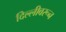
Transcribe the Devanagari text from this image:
दिल्लीवरून